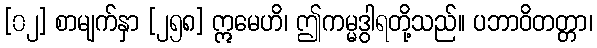
[၀၂] စာမျက်နှာ [၂၅၈] ဣမေဟိ၊ ဤကမ္မဒွါရတို့သည်။ ပဘာဝိတတ္တာ၊